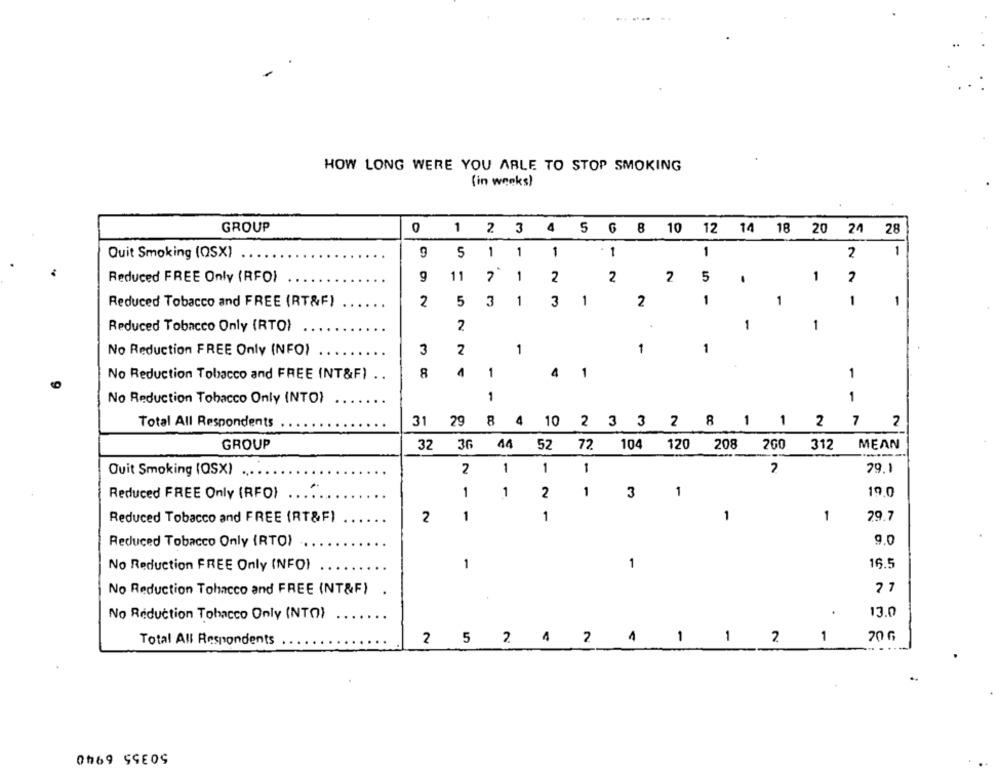
HOW LONG WERE YOU ABLE TO STOP SMOKING
(in weeks)
GROUP
1 2 3 4 5 6 8 10 12 14 18 20 24 28
Quit Smoking (OSX)
9
1
- 1
1
2
1
5 1 1
Reduced FREE Only (RFO)
11
7 1
2
5
1
2
9
2
2
.
3
1
1
2
1
1
1
1
Reduced Tobacco and FREE (RT&F)
2
5
3
1
1
Reduced Tobacco Only (RTO)
2
No Reduction FREE Only (NFO)
3
2
1
1
No Reduction Tobacco and FREE (NT&F) ..
8
4
1
4
1
1
No Reduction Tobacco Only INTO)
1
1
Total All Respondents
31
29
8 4 10 2 3 3 2 8 1 1 2 7
2
GROUP
32
36 44
52
72.
104
120 208
200
312
MEAN
Quit Smoking (QSX)
2
1
1
1
2
79.1
.
1
1
2
3
1
19.0
Reduced FREE Only (RFO)
1
1
1
79.7
Reduced Tobacco and FREE (RT&F)
2
1
9.0
Reduced Tobacco Only (RTO)
1
16.5
No Reduction FREE Only (NFOI
1
No Reduction Tobacco and FREE (NT&F)
27
No Reduction Tobacco Only (NTO)
13.0
Total All Respondents
2 5 2 4 2
1 2
1
20 G
0069 SSE09